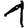
Digit: 1